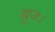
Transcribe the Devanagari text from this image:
ह्यूज।